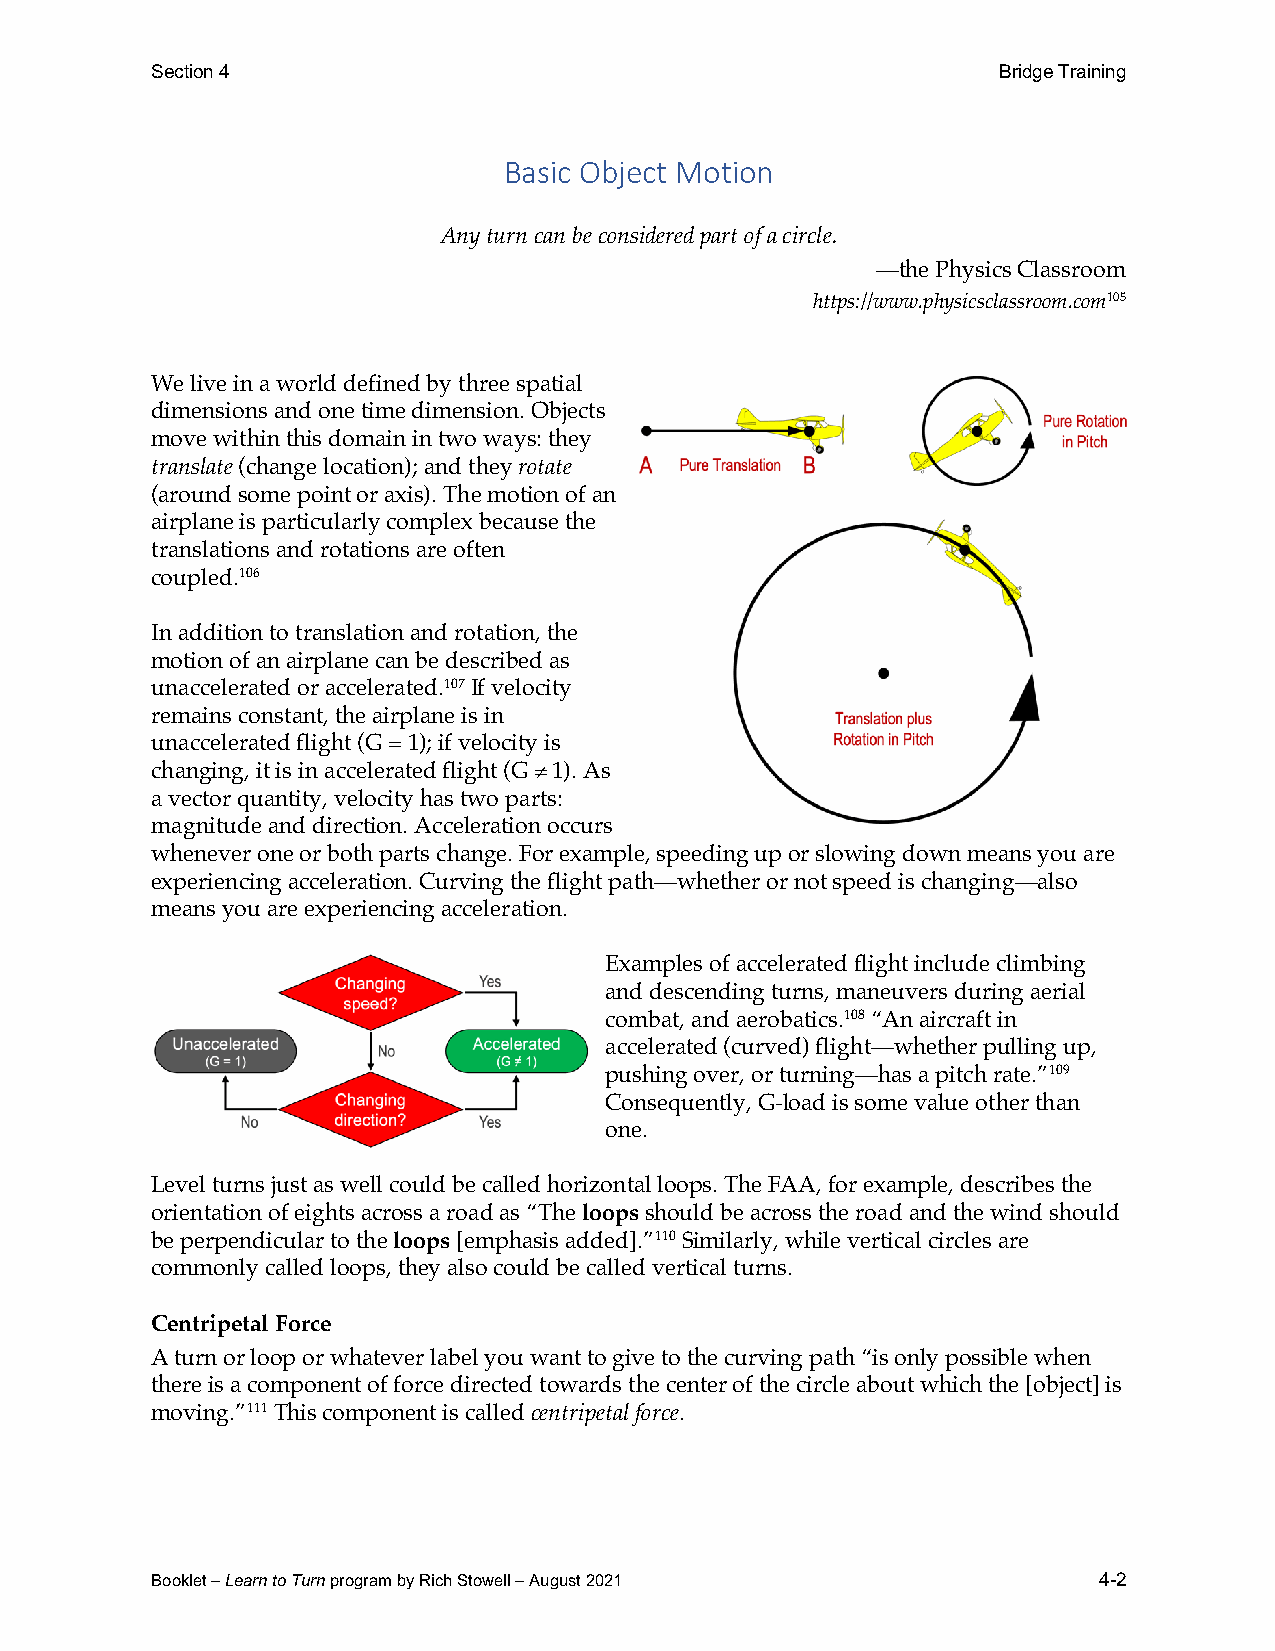
Section 4                                               Bridge Training
 Basic Object Motion
 Any turn can be considered part of a circle.
 —the Physics Classroom
 https://www.physicsclassroom.com105
 We live in a world defined by three spatial
 dimensions and one time dimension. Objects
 move within this domain in two ways: they
 translate (change location); and they rotate
 (around some point or axis). The motion of an
 airplane is particularly complex because the
 translations and rotations are often
 coupled.106
 In addition to translation and rotation, the
 motion of an airplane can be described as
 unaccelerated or accelerated.107 If velocity
 remains constant, the airplane is in
 unaccelerated flight (G = 1); if velocity is
 changing, it is in accelerated flight (G ≠ 1). As
 a vector quantity, velocity has two parts:
 magnitude and direction. Acceleration occurs
 whenever one or both parts change. For example, speeding up or slowing down means you are
 experiencing acceleration. Curving the flight path—whether or not speed is changing—also
 means you are experiencing acceleration.
 Examples of accelerated flight include climbing
 and descending turns, maneuvers during aerial
 combat, and aerobatics.108 “An aircraft in
 accelerated (curved) flight—whether pulling up,
 pushing over, or turning—has a pitch rate.”109
 Consequently, G-load is some value other than
 one.
 Level turns just as well could be called horizontal loops. The FAA, for example, describes the
 orientation of eights across a road as “The loops should be across the road and the wind should
 be perpendicular to the loops [emphasis added].”110 Similarly, while vertical circles are
 commonly called loops, they also could be called vertical turns.
 Centripetal Force
 A turn or loop or whatever label you want to give to the curving path “is only possible when
 there is a component of force directed towards the center of the circle about which the [object] is
 moving.”111 This component is called centripetal force.
 Booklet – Learn to Turn program by Rich Stowell – August 2021  4-2